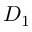
D _ { 1 }